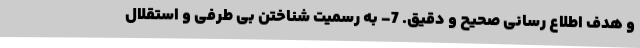
و هدف اطلاع رسانی صحیح و دقیق. 7- به رسمیت شناختن بی طرفی و استقلال